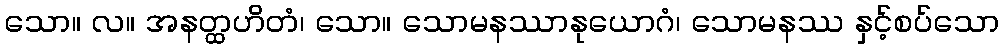
သော။ လ။ အနတ္ထဟိတံ၊ သော။ သောမနဿာနုယောဂံ၊ သောမနဿ နှင့်စပ်သော